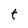
Character: t